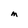
Character: m